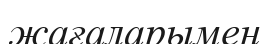
жағаларымен